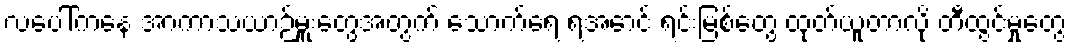
လပေါ်ကနေ အာကာသယာဉ်မှူးတွေအတွက် သောက်ရေ ရအောင် ရင်းမြစ်တွေ ထုတ်ယူတာလို တီထွင်မှုတွေ